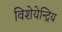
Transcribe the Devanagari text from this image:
विशेयेन्द्रिय